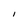
Character: l